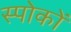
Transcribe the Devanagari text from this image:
स्पोकों